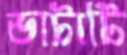
ভাটাটি